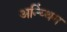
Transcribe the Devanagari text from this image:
अन्य्थिंग